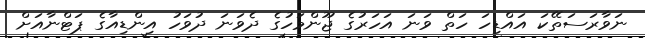
ނަވާރަސަތޭކަ އައްޑިހަ ހަތް ވަނަ އަހަރުގެ ޖޫންމަހުގެ ދެވަނަ ދުވަހު އިންޑިއާގެ ޕަޓްނާއަށް